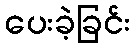
ပေးခဲ့ခြင်း